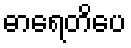
ဓာရေတိပေ